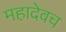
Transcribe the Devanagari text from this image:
महादेवच